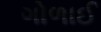
ગોળાઈ